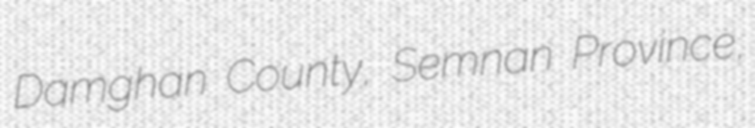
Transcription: Damghan County, Semnan Province,